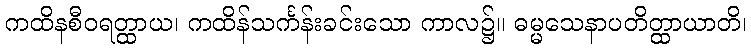
ကထိနစီဝရတ္ထာယ၊ ကထိန်သင်္ကန်းခင်းသော ကာလ၌။ ဓမ္မသေနာပတိတ္ထာယာတိ၊